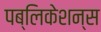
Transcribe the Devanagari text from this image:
पब्‍लिकेशन्‍स